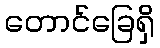
တောင်ခြေရှိ